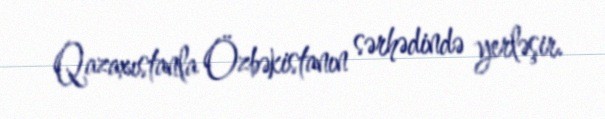
Qazaxıstanla Özbəkistanın sərhədində yerləşir.